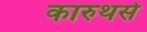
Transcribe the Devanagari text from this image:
कारुथर्स